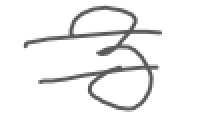
Text: 3
Cross-out: double-line
Writing tool: digital_gray